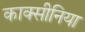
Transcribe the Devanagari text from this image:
काक्सीनिया